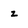
Character: z